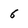
Character: 6